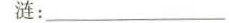
涟：___